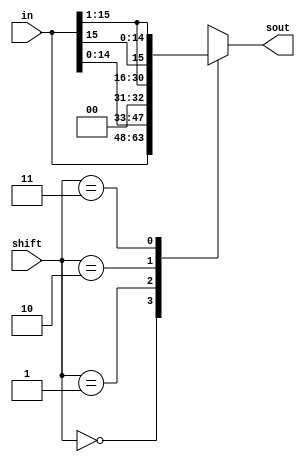
module shifter(in,shift,sout);
  input [15:0] in;
  input [1:0] shift;
  output [15:0] sout;

  reg [15:0] temps;

always @(*) begin
  case(shift)
	2'b00: temps = in;			//no shift
	2'b01: temps = {in[14:0],1'b0};		//left shift
	2'b10: temps = {1'b0, in[15:1]};	//right shift, 0 in MSB
	2'b11: temps = {in[15], in[15:1]};	//right shift, duplicating MSB
	default: temps = 16'bx;
  endcase
end
assign sout = temps;

endmodule